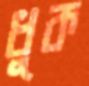
ধুক